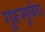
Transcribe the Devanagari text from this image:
गुरूमुळेच